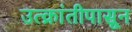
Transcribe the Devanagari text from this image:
उत्क्रांतीपासून